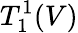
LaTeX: T_{1}^{1}(V)